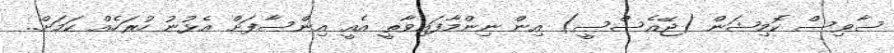
ސާވިސް ކޮމިޝަން (ޖޭއެސްސީ) އިން ނިންމާފައިވާތީ އެއީ އިންސާފަށް އެޅުނު ހުރަހެއް ކަމަށް..